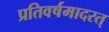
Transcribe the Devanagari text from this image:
प्रतिवर्षमादरत्